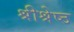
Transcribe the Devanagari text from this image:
श्रीश्रेष्ठ